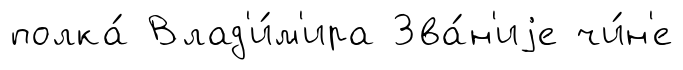
полка́ Влад'и́м'ира Зва́н'иjе чи́н'е